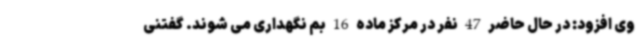
وی افزود: در حال حاضر 47 نفر در مرکز ماده 16 بم نگهداری می شوند. گفتنی